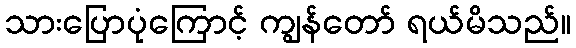
သားပြောပုံကြောင့် ကျွန်တော် ရယ်မိသည်။